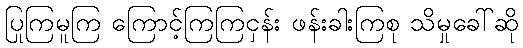
ပြုကြမူကြ ကြောင့်ကြကြငှန်း ဖန်းခါးကြစု သိမှုခေါ်ဆို